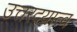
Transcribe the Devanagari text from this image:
उत्तरदयात्व